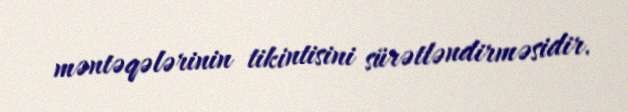
məntəqələrinin tikintisini sürətləndirməsidir.